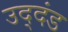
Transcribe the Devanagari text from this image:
उद्‌दंड